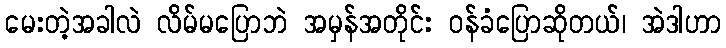
မေးတဲ့အခါလဲ လိမ်မပြောဘဲ အမှန်အတိုင်း ဝန်ခံပြောဆိုတယ်၊ အဲဒါဟာ